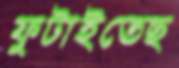
ফুটাইতেছ